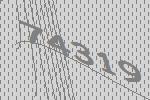
74319